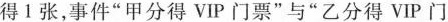
得 1 张，事件“甲分得 VIP 门票”与”乙分得 VIP 门